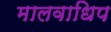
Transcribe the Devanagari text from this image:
मालवाधिप